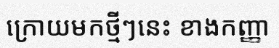
ក្រោយមកថ្មីៗនេះ ខាងកញ្ញា